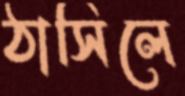
ঠাসিলে